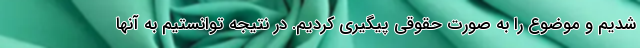
شدیم و موضوع را به صورت حقوقی پیگیری کردیم. در نتیجه توانستیم به آنها